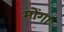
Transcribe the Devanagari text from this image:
मोंगा